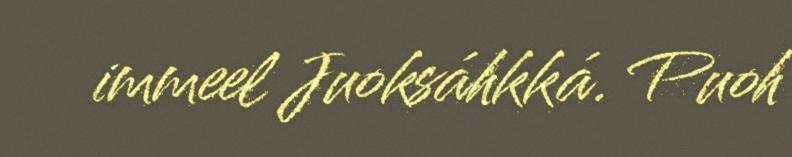
immeel Juoksáhkká. Puoh